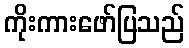
ကိုးကားဖော်ပြသည်